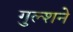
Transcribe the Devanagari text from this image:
गुल्शने